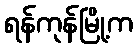
ရန်ကုန်မြို့က